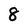
Character: 8